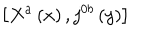
\left[ X ^ { a } \left( x \right) , j ^ { 0 b } \left( y \right) \right]